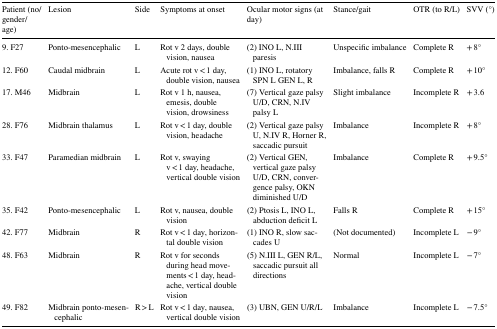
| Patient (no/gender/age) | Lesion | Side | Symptoms at onset | Ocular motor signs (at day) | Stance/gait | OTR (to R/L) | SVV (°) |
 | --- | --- | --- | --- | --- | --- | --- | --- |
 | 9. F27 | Ponto-mesencephalic | L | Rot v 2 days, double vision, nausea | (2) INO L, N.III paresis | Unspecific imbalance | Complete R | + 8° |
 | 12. F60 | Caudal midbrain | L | Acute rot v < 1 day, double vision, nausea | (1) INO L, rotatory SPN L GEN L, R | Imbalance, falls R | Complete R | + 10° |
 | 17. M46 | Midbrain | L | Rot v 1 h, nausea, emesis, double vision, drowsiness | (7) Vertical gaze palsy U/D, CRN, N.IV palsy L | Slight imbalance | Incomplete R | + 3.6 |
 | 28. F76 | Midbrain thalamus | L | Rot v < 1 day, double vision, headache | (2) Vertical gaze palsy U, N.IV R, Horner R, saccadic pursuit | Imbalance | Incomplete R | + 8° |
 | 33. F47 | Paramedian midbrain | L | Rot v, swaying v < 1 day, headache, vertical double vision | (2) Vertical GEN, vertical gaze palsy U/D, CRN, convergence palsy, OKN diminished U/D | Imbalance | Complete R | + 9.5° |
 | 35. F42 | Ponto-mesencephalic | L | Rot v, nausea, double vision | (2) Ptosis L, INO L, abduction deficit L | Falls R | Complete R | + 15° |
 | 42. F77 | Midbrain | R | Rot v < 1 day, horizontal double vision | (1) INO R, slow saccades U | (Not documented) | Incomplete L | − 9° |
 | 48. F63 | Midbrain | R | Rot v for seconds during head movements < 1 day, headache, vertical double vision | (5) N.III L, GEN R/L, saccadic pursuit all directions | Normal | Incomplete L | − 7° |
 | 49. F82 | Midbrain ponto-mesencephalic | R > L | Rot v < 1 day, nausea, vertical double vision | (3) UBN, GEN U/R/L | Imbalance | Incomplete L | − 7.5° |